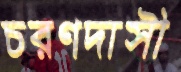
চরণদাসী